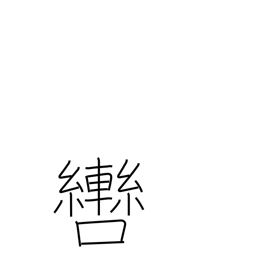
Meaning: bit (horse)